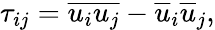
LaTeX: \tau_{ij}=\overline{{u_{i}u_{j}}}-\overline{{u}}_{i}\overline{{u}}_{j},